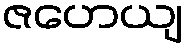
ဇဟေယျ